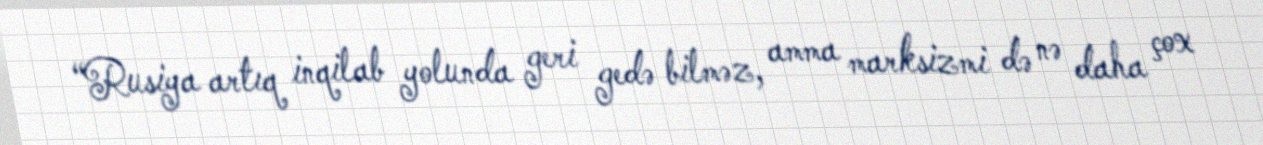
“Rusiya artıq inqilab yolunda geri gedə bilməz, amma marksizmi də nə daha çox